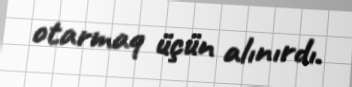
otarmaq üçün alınırdı.